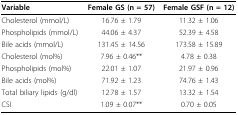
<table><thead><tr><td><b>Variable</b></td><td><b>Female GS (n = 57)</b></td><td><b>Female GSF (n = 12)</b></td></tr></thead><tbody><tr><td>Cholesterol (mmol/L)</td><td>16.76 ± 1.79</td><td>11.32 ± 1.06</td></tr><tr><td>Phospholipids (mmol/L)</td><td>44.06 ± 4.37</td><td>52.39 ± 4.58</td></tr><tr><td>Bile acids (mmol/L)</td><td>131.45 ± 14.56</td><td>173.58 ± 15.89</td></tr><tr><td>Cholesterol (mol%)</td><td>7.96 ± 0.46**</td><td>4.78 ± 0.38</td></tr><tr><td>Phospholipids (mol%)</td><td>22.01 ± 1.07</td><td>21.97 ± 0.96</td></tr><tr><td>Bile acids (mol%)</td><td>71.92 ± 1.23</td><td>74.76 ± 1.43</td></tr><tr><td>Total biliary lipids (g/dl)</td><td>12.78 ± 1.57</td><td>13.32 ± 1.54</td></tr><tr><td>CSI</td><td>1.09 ± 0.07**</td><td>0.70 ± 0.05</td></tr></tbody></table>